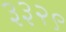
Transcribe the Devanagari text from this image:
३३२९